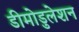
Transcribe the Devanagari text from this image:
डीमोडुलेशन